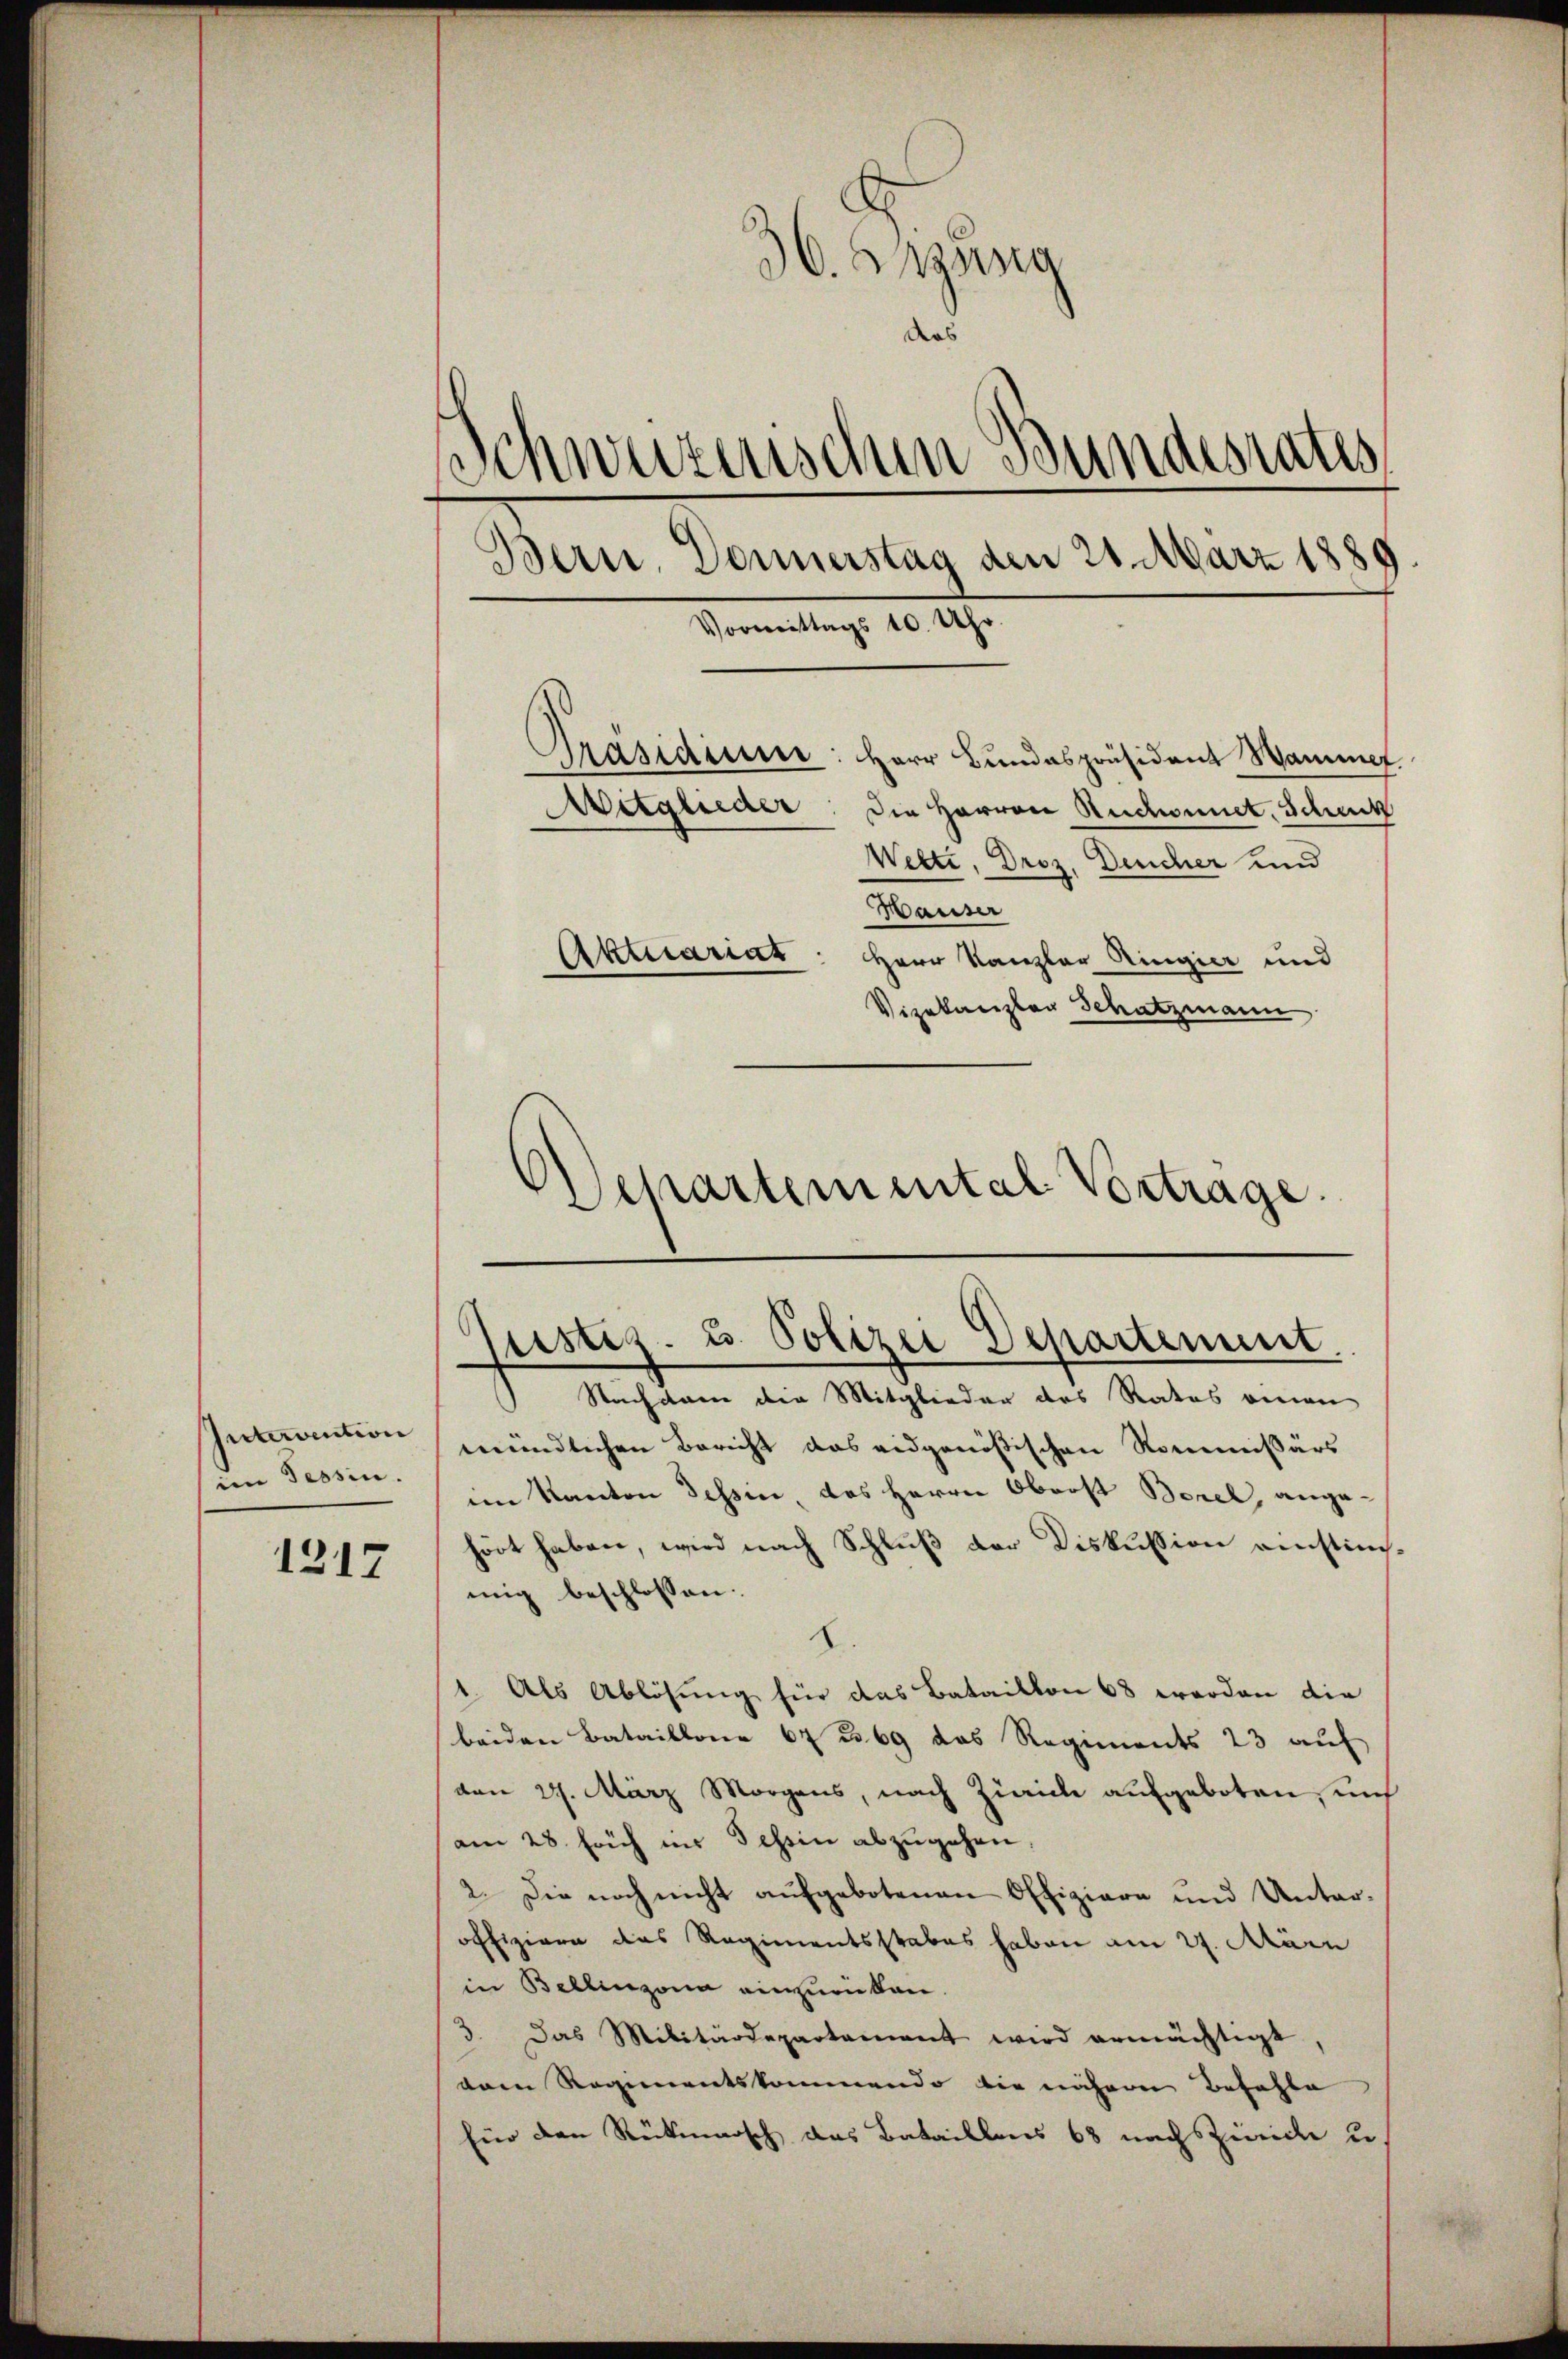
Intervention
im Tessin.

1217

36. Augung
das
Schweizerischen Bundesrates
Vormittags 10. Uhr.
Präsidium
Herr Bundespräsident Hammer.
Aeglieder: Die Herren Ruchonnet, Schutz
Welti, Droz, Deucher und
Hauser
Aktuariat
Herr Kanzler Ringier und
Vizekanzler Schatzmann

Bern, Donnerstag den 21. März 1889

)
Apartemental Vortrage.
festig. u. Polizei Departement.

Nachsam der Mitglieder des Rates einen
mündlichen Bericht das eidgenößischen Kommissärs
im Kanton Tessin, das Herrn Oberst Borel, ange-
hört haben, wird nach Schluß der Diskussion einstimmig beschlossen:
1. Als Ablösung für das Bataillon 68 worden die
beiden Bataillone 67 u. 69 das Regiments 23 auf
den 27. März Morgens, nach Zürich aufgeboten, und
am 28. fach im Tessin abzugehen.
2. Die noch nicht aufgebotenen Offiziere und Unteroffiziere das Regimentsstabes haben am 27. Märn
in Bellinzona einzurüken.
3. Das Militärdepartament wird ermächtigt
dam Regimentskommendo die nähere Befehle
Eür den Rückmarsch das Bataillens 68 nach Zwicke u.